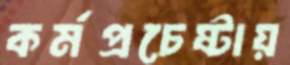
কর্মপ্রচেষ্টায়